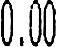
0.00